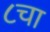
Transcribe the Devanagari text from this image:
८चा